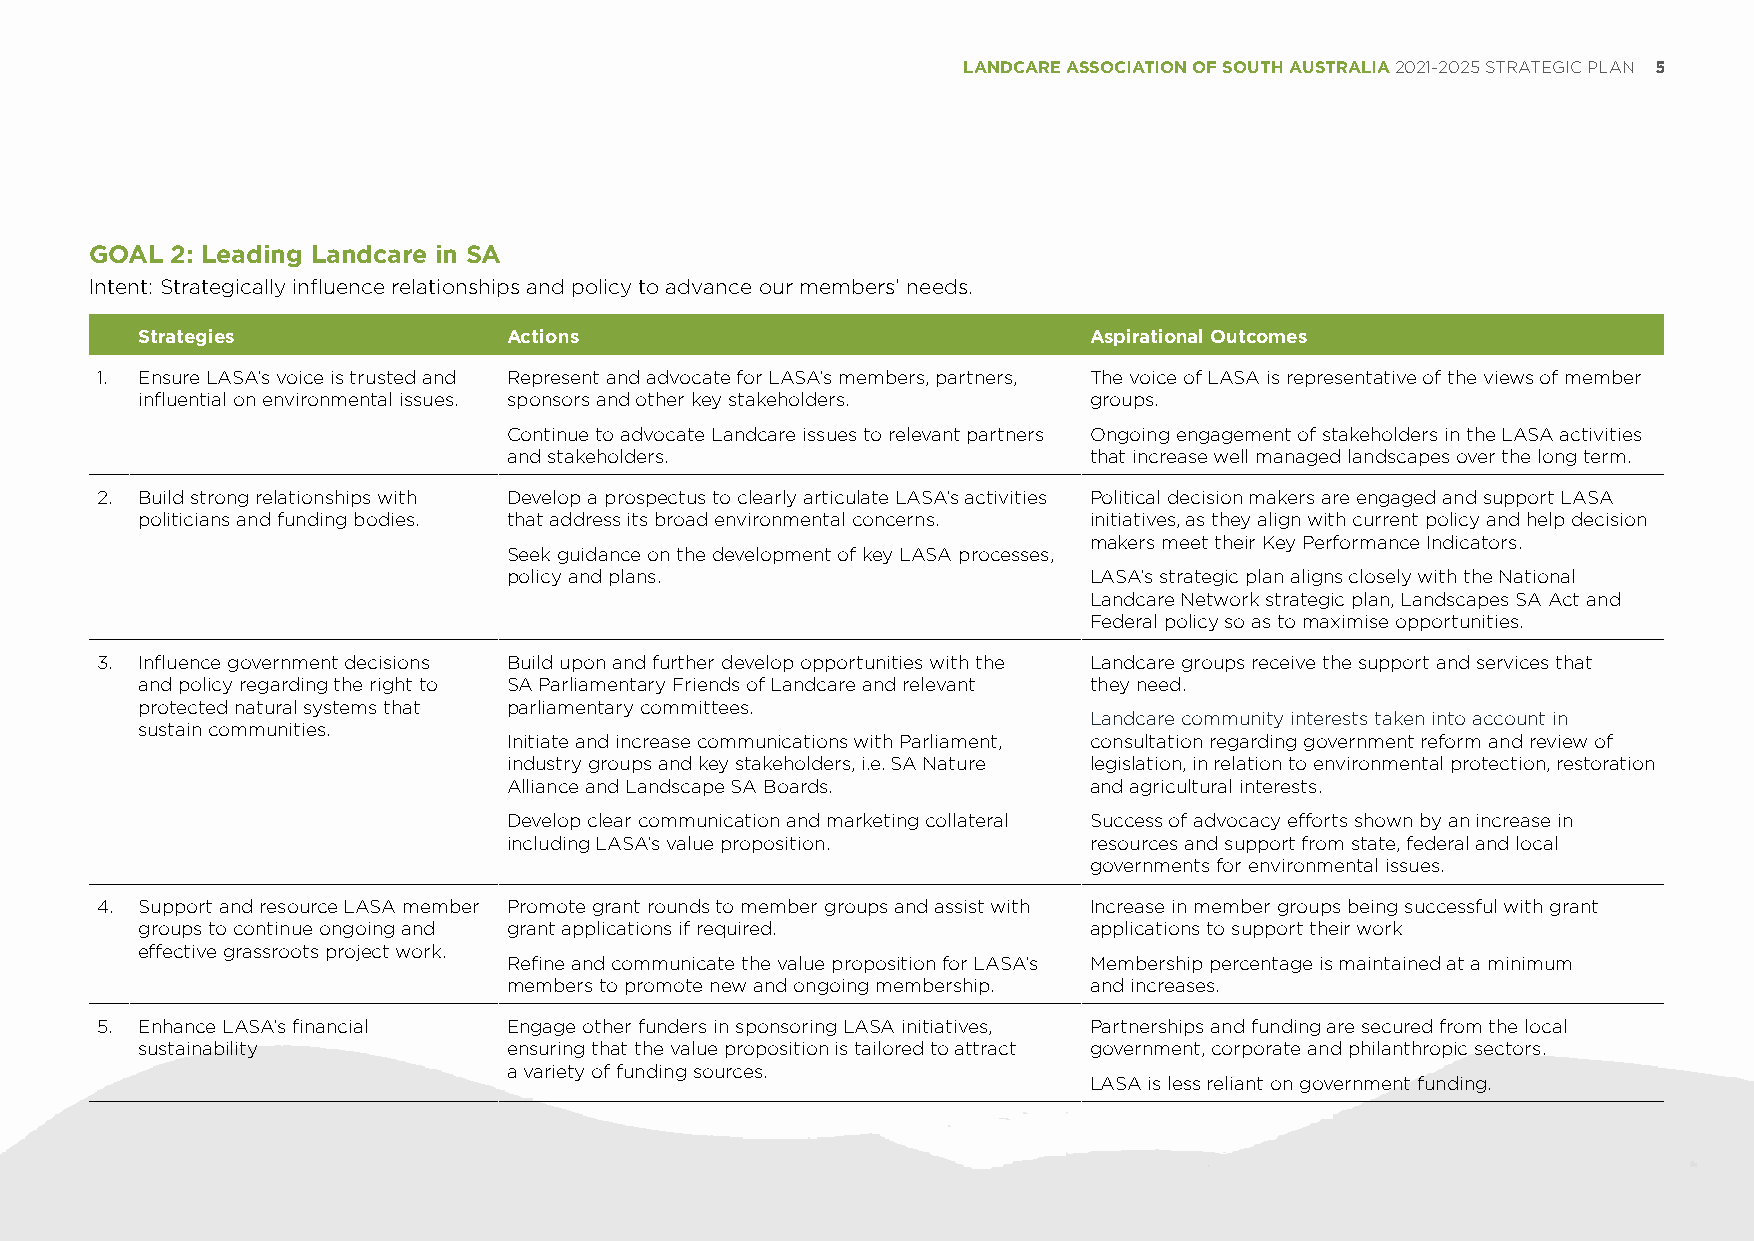
LANDCARE ASSOCIATION OF SOUTH AUSTRALIA 2021-2025 STRATEGIC PLAN 5
 GOAL 2: Leading Landcare in SA
 Intent: Strategically influence relationships and policy to advance our members’ needs.
 Strategies               Actions                               Aspirational Outcomes
 1. Ensure LASA’s voice is trusted and Represent and advocate for LASA’s members, partners, The voice of LASA is representative of the views of member
 influential on environmental issues. sponsors and other key stakeholders. groups.
 Continue to advocate Landcare issues to relevant partners Ongoing engagement of stakeholders in the LASA activities
 and stakeholders.                     that increase well managed landscapes over the long term.
 2. Build strong relationships with Develop a prospectus to clearly articulate LASA’s activities Political decision makers are engaged and support LASA
 politicians and funding bodies. that address its broad environmental concerns. initiatives, as they align with current policy and help decision
 makers meet their Key Performance Indicators.
 Seek guidance on the development of key LASA processes,
 policy and plans.                     LASA’s strategic plan aligns closely with the National
 Landcare Network strategic plan, Landscapes SA Act and
 Federal policy so as to maximise opportunities.
 3. Influence government decisions Build upon and further develop opportunities with the Landcare groups receive the support and services that
 and policy regarding the right to SA Parliamentary Friends of Landcare and relevant they need.
 protected natural systems that parliamentary committees.
 Landcare community interests taken into account in
 sustain communities.
 Initiate and increase communications with Parliament, consultation regarding government reform and review of
 industry groups and key stakeholders, i.e. SA Nature legislation, in relation to environmental protection, restoration
 Alliance and Landscape SA Boards.     and agricultural interests.
 Develop clear communication and marketing collateral Success of advocacy efforts shown by an increase in
 including LASA’s value proposition.   resources and support from state, federal and local
 governments for environmental issues.
 4. Support and resource LASA member Promote grant rounds to member groups and assist with Increase in member groups being successful with grant
 groups to continue ongoing and grant applications if required. applications to support their work
 effective grassroots project work.
 Refine and communicate the value proposition for LASA’s Membership percentage is maintained at a minimum
 members to promote new and ongoing membership. and increases.
 5. Enhance LASA’s financial Engage other funders in sponsoring LASA initiatives, Partnerships and funding are secured from the local
 sustainability           ensuring that the value proposition is tailored to attract government, corporate and philanthropic sectors.
 a variety of funding sources.
 LASA is less reliant on government funding.